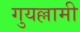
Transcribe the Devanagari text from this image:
गुयल्लामी